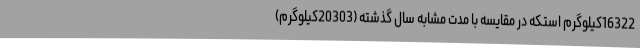
16322کیلوگرم استکه در مقایسه با مدت مشابه سال گذشته (20303کیلوگرم)